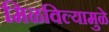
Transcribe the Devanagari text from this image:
मिळविल्यामुळे